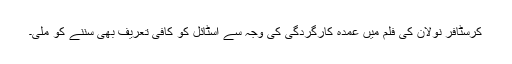
کرسٹافر نولان کی فلم میں عمدہ کارگردگی کی وجہ سے اسٹائل کو کافی تعریف بھی سننے کو ملی۔